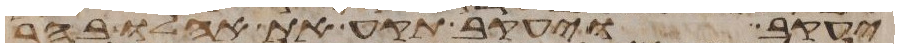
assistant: יעקב ויעקב תקע את אהלו בהר